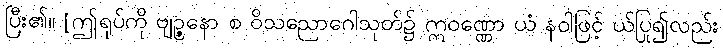
ပြီး၏။ [ဤရုပ်ကို ဗျဉ္ဇနော စ ဝိသညောဂေါသုတ်၌ ဣဝဏ္ဏော ယံ နဝါဖြင့် ယ်ပြု၍လည်း